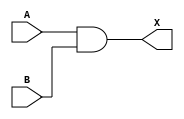
module and_gate_bitwise (A, B, X);

  input A, B;
  output X;

  assign X = A & B;

endmodule